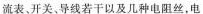
流表、开关、导线若干以及几种电阻丝，电